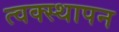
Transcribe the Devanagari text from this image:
त्वक्स्थापन